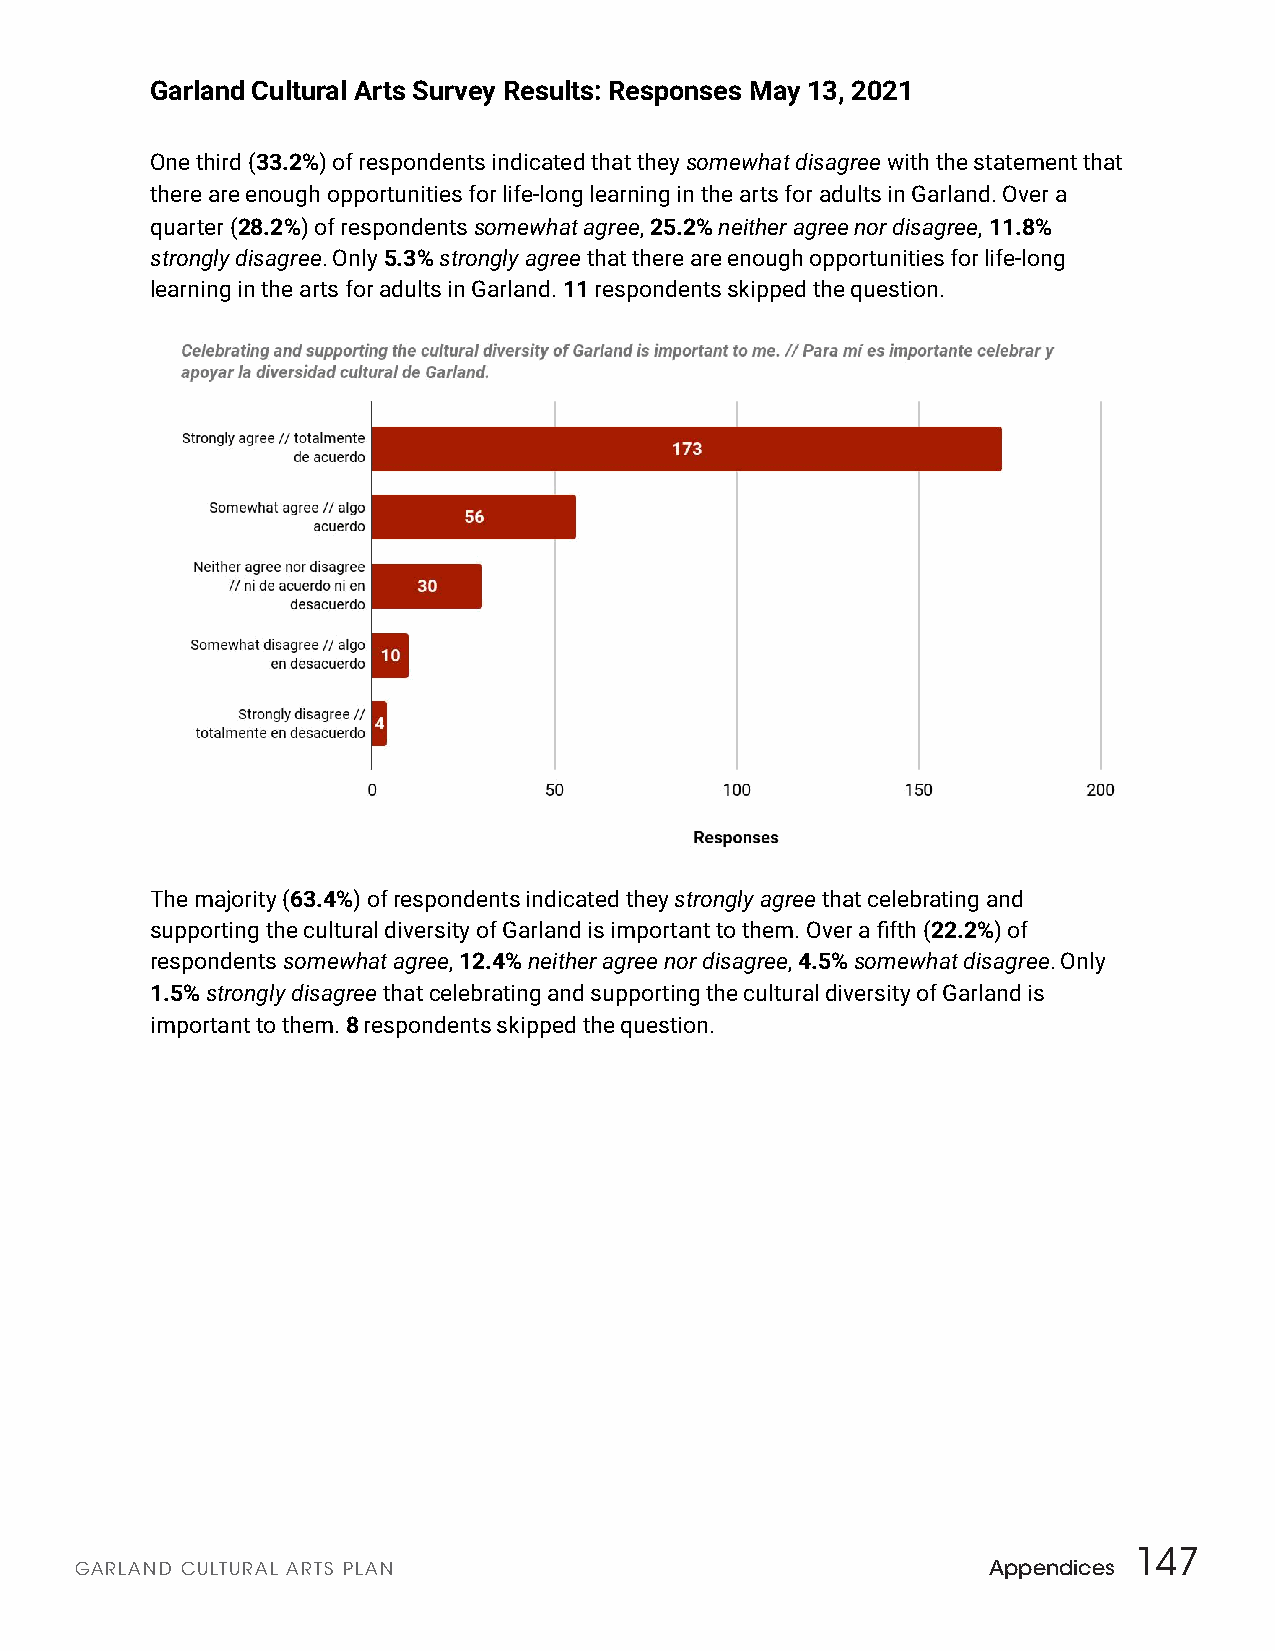
Garland Cultural Arts Survey Results: Responses May 13, 2021
 One third (3 3.2% ) of respondents indicated that they somewhat disagree w ith the statement that
 there are enough opportunities for life-long learning in the arts for adults in Garland. Over a
 quarter ( 28.2% ) of respondents s omewhat agree, 25.2% neither agree nor disagree, 11.8%
 strongly disagree. Only 5 .3% s trongly agree that t here are enough opportunities for life-long
 learning in the arts for adults in Garland. 1 1 respondents skipped the question.
 The majority ( 63.4%) of respondents indicated they s trongly agree that celebrating and
 supporting the cultural diversity of Garland is important to them. Over a fi fth (2 2.2% ) of
 respondents s omewhat agree , 12.4% neither agree nor disagree, 4.5% somewhat disagree. Only
 1.5% s trongly disagree t hat c elebrating and supporting the cultural diversity of Garland is
 important to them. 8 respondents skipped the question.
 147
 GARLAND CULTURAL ARTS PLAN                                  Appendices